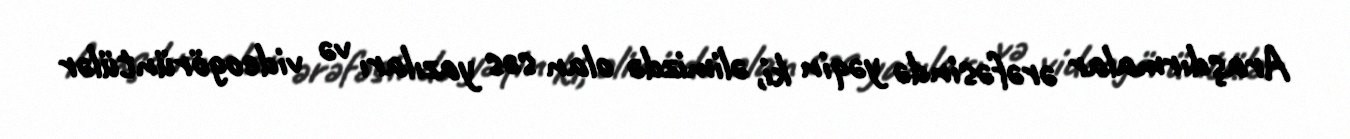
Araşdırmalar ərəfəsində yəqin ki, əlimizdə olan səs yazıları və videogörüntülər